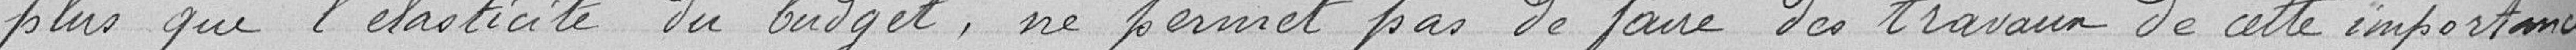
plus que l'élasticité du budget, ne permet pas de faire des travaux de cette importance